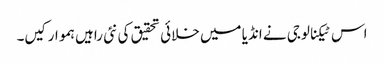
اس ٹیکنالوجی نے انڈیا میں خلائی تحقیق کی نئی راہیں ہموار کیں۔